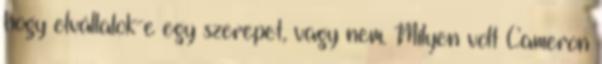
hogy elvállalok-e egy szerepet, vagy nem. Milyen volt Cameron